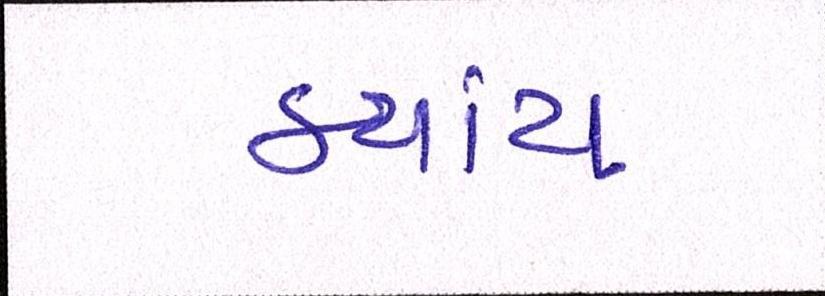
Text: કયાંય